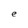
Character: e